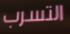
التسرب